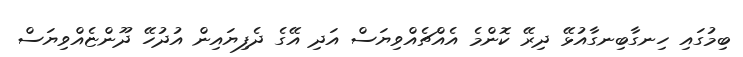
ބިމުގައި ހިނގާބިނގާއުޅޭ ދިރޭ ކޮންމެ އެއްޗެއްވިޔަސް އަދި އޭގެ ދެފިޔައިން އުދުހޭ ދޫންޏެއްވިޔަސް